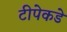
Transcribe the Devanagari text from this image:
टीपेकडे